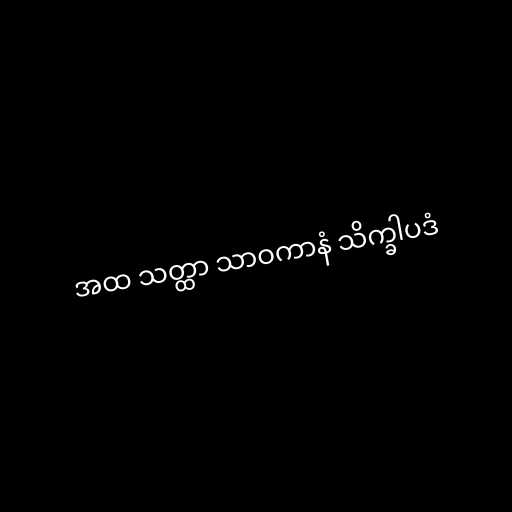
အထ သတ္ထာ သာဝကာနံ သိက္ခါပဒံ